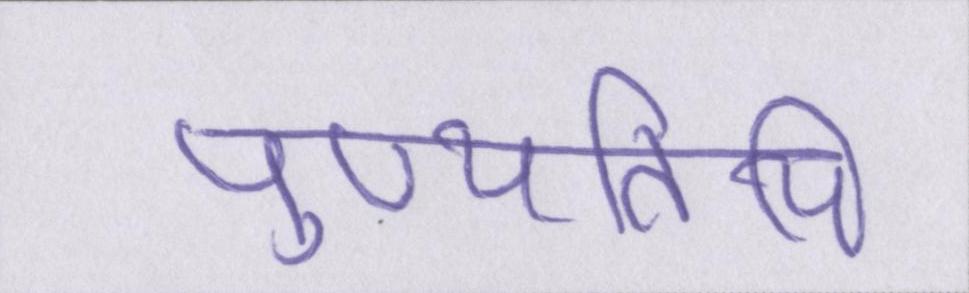
पुण्यतिथि